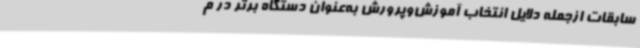
سابقات ازجمله دلایل انتخاب آموزش‌وپرورش به‌عنوان دستگاه برتر در م